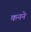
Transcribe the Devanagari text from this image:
कनने